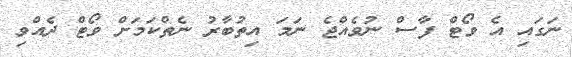
ނަގައި އެ ވޯޓް ފާސް ނުވެއްޖެ ނަމަ އިތުބާރު ނެތްކަމަށް ވޯޓް ދެއްވި